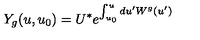
Y _ { g } ( u , u _ { 0 } ) = U ^ { * } e ^ { \int _ { u _ { 0 } } ^ { u } d u ^ { \prime } W ^ { g } ( u ^ { \prime } ) }